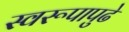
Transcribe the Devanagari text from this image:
स्वरूपापुढे